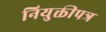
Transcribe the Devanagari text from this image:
नियुक्तीपत्र